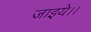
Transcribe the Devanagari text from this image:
जाइये।।